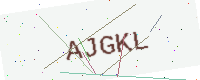
Text: AJGKL